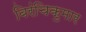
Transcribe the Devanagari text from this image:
बिरंचिकुमार